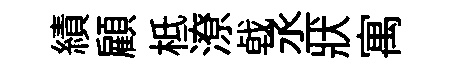
績顧柢潦㦸丞狀寓